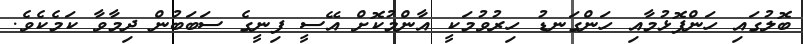
ބޮލުގައި ހަންފޮޅުމާއި ހަންގަނޑު ހިރުވުމަކީ އާންމުކޮށް އޭސީ ފިނީގެ ސަބަބުން ދިމާވާ ކަމެކެވެ.